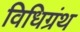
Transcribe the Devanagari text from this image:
विधिग्रंथ